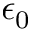
\epsilon _ { 0 }